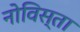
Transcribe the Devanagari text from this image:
नोविस्ता